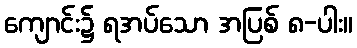
ကျောင်း၌ ရအပ်သော အပြစ် ၈-ပါး။